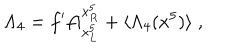
LaTeX: \Lambda _ { 4 } = f ^ { \prime } f | _ { x _ { L } ^ { 5 } } ^ { x _ { R } ^ { 5 } } + \langle \Lambda _ { 4 } ( x ^ { 5 } ) \rangle \; ,